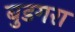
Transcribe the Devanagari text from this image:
बुडगरा